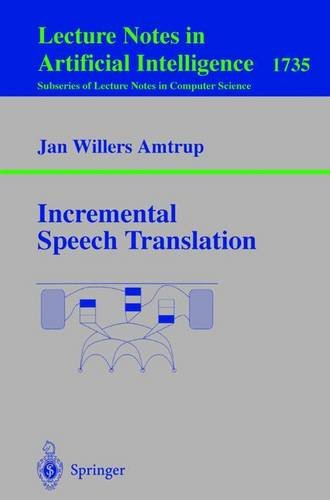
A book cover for Incremental Speech Translation (Lecture Notes in Computer Science / Lecture Notes in Artificial Intelligence); Jan W. Amtrup; Computers & Technology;